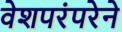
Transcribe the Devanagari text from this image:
वेशपरंपरेने